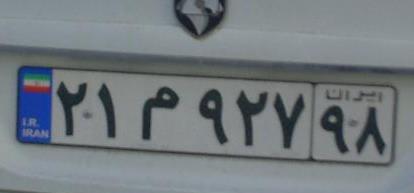
۲۱م۹۲۷۹۸